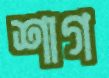
শাগ